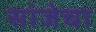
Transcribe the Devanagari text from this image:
सांजेचा